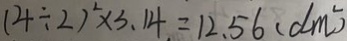
( 4 \div 2 ) ^ { 2 } \times 3 . 1 4 = 1 2 . 5 6 ( d m ^ { 2 } )